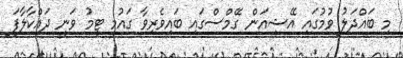
މި ބައްދަލު ވުމުގައި އޭޝިއަން ގޭމްސްގައި ބައިވެރިވާ ގައުމީ ޓީމު ވަނީ ދައްކާލާފަ